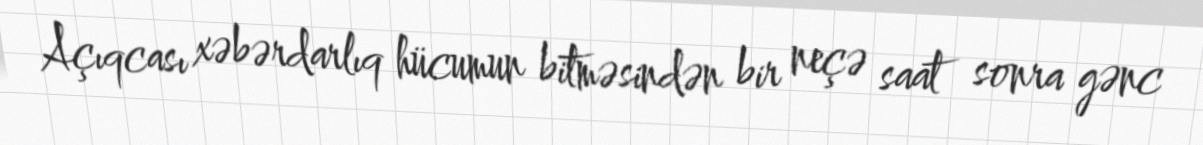
Açıqcası xəbərdarlıq hücumun bitməsindən bir neçə saat sonra gənc